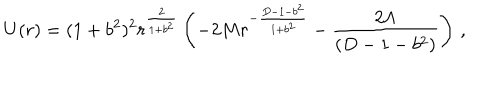
LaTeX: U ( r ) = ( 1 + b ^ { 2 } ) ^ { 2 } r ^ { \frac { 2 } { 1 + b ^ { 2 } } } \left( - 2 M r ^ { - { \frac { D - 1 - b ^ { 2 } } { 1 + b ^ { 2 } } } } - { \frac { 2 \Lambda } { ( D - 1 - b ^ { 2 } ) } } \right) \, ,